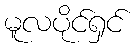
မူလပိုင်ရှင်